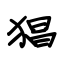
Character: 猖